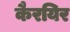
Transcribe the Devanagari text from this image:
कैरयिर